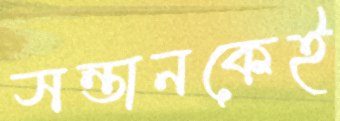
সন্তানকেই